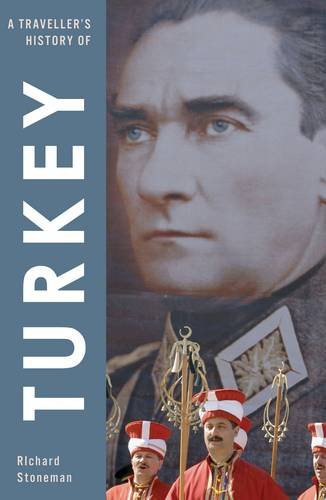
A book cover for Traveller's History of Turkey; Richard Stoneman; Travel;